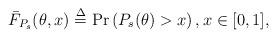
LaTeX: \begin{align*}\bar{F}_{P_s}(\theta,x)\overset{\Delta}{=}\Pr\left(P_s(\theta)>x\right), x\in[0,1],\end{align*}